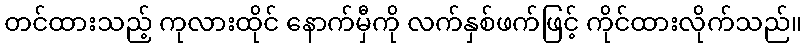
တင်ထားသည့် ကုလားထိုင် နောက်မှီကို လက်နှစ်ဖက်ဖြင့် ကိုင်ထားလိုက်သည်။